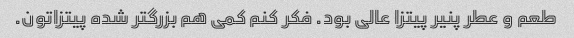
طعم و عطر پنیر پیتزا عالی بود. فکر کنم کمی هم بزرگتر شده پیتزاتون.